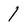
Character: 1